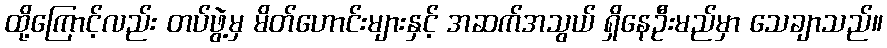
ထို့ကြောင့်လည်း တပ်ဖွဲ့မှ မိတ်ဟောင်းများနှင့် အဆက်အသွယ် ရှိနေဦးမည်မှာ သေချာသည်။